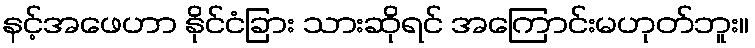
နင့်အဖေဟာ နိုင်ငံခြား သားဆိုရင် အကြောင်းမဟုတ်ဘူး။